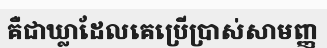
គឺជាឃ្លាដែលគេប្រើប្រាស់សាមញ្ញ